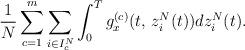
LaTeX: \begin{align*}\frac{1}{N}\sum_{c=1}^{m}\sum_{i\in I_{c}^{N}}\int_{0}^{T}g_{x}^{(c)}(t,\,z_{i}^{N}(t))dz_{i}^{N}(t).\end{align*}